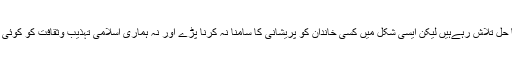
ہم اس مسئلے کا حل تلاش رہےہیں لیکن ایسى شکل میں کسى خاندان کو پریشانى کا سامنا نہ کرنا پڑے اور نہ ہمارى اسلامى تہذیب وثقافت کو کوئى نقصان پہونچے۔